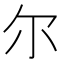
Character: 尔